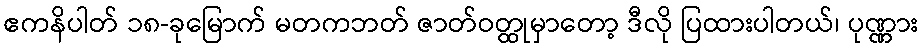
ဧကနိပါတ် ၁၈-ခုမြောက် မတကဘတ် ဇာတ်ဝတ္ထုမှာတော့ ဒီလို ပြထားပါတယ်၊ ပုဏ္ဏား